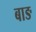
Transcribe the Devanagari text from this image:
बाङ